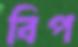
বিপ